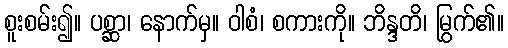
စူးစမ်း၍။ ပစ္ဆာ၊ နောက်မှ။ ဝါစံ၊ စကားကို။ ဘိန္ဒတိ၊ မြွက်၏။